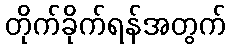
တိုက်ခိုက်ရန်အတွက်